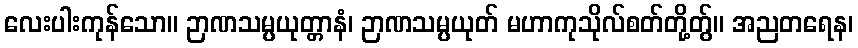
လေးပါးကုန်သော။ ဉာဏသမ္ပယုတ္တာနံ၊ ဉာဏသမ္ပယုတ် မဟာကုသိုလ်စတ်တို့တွ်။ အညတရေန၊